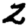
Digit: 2